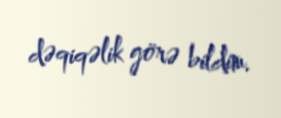
dəqiqəlik görə bildim.